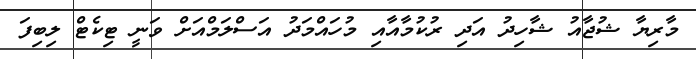
މާރިޔާ ޝުޖާއު ޝާހިދު އަދި ރުކުމާއާއި މުހައްމަދު އަސްލަމްއަށް ވަނީ ޓިކެޓް ލިބިފަ